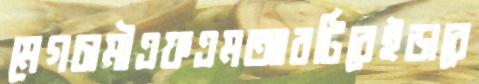
মেগচামীএফএমআরটিরেইডারে